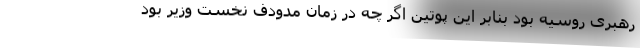
رهبری روسیه بود بنابر این پوتین اگر چه در زمان مدودف نخست وزیر بود